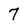
Character: 7